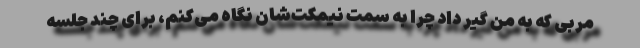
مربی که به من گیر داد چرا به سمت نیمکت‌شان نگاه می‌کنم، برای چند جلسه